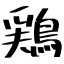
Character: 鶏